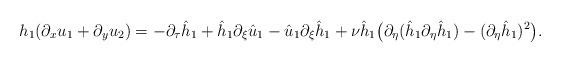
LaTeX: \begin{align*}h_1(\partial_x u_1+\partial_y u_2)=-\partial_\tau\hat h_1+\hat h_1\partial_\xi\hat u_1-\hat u_1\partial_\xi\hat h_1+\nu\hat h_1\big(\partial_\eta(\hat h_1\partial_\eta\hat h_1)-(\partial_\eta\hat h_1)^2\big).\end{align*}